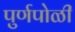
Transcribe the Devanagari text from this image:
पुर्णपोळी